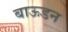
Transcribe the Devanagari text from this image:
बाऊडन